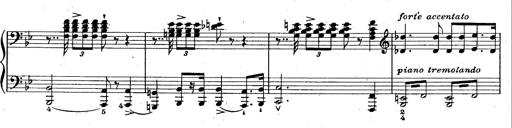
Title: La Marseillaise
Composer: Franz Liszt
Key: B-flat major